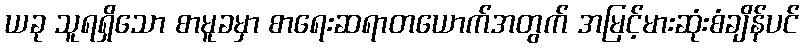
ယခု သူရရှိသော စာမူခမှာ စာရေးဆရာတယောက်အတွက် အမြင့်မားဆုံးစံချိန်ပင်